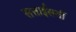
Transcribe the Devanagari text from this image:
सत्ताईसवीं